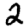
Digit: 2